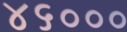
૪૬૦૦૦